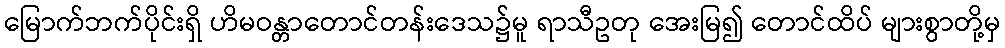
မြောက်ဘက်ပိုင်းရှိ ဟိမဝန္တာတောင်တန်းဒေသ၌မူ ရာသီဥတု အေးမြ၍ တောင်ထိပ် များစွာတို့မှ